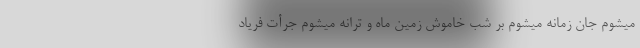
میشوم جان زمانه میشوم بر شب خاموش زمین ماه و ترانه میشوم جرأتِ فریاد